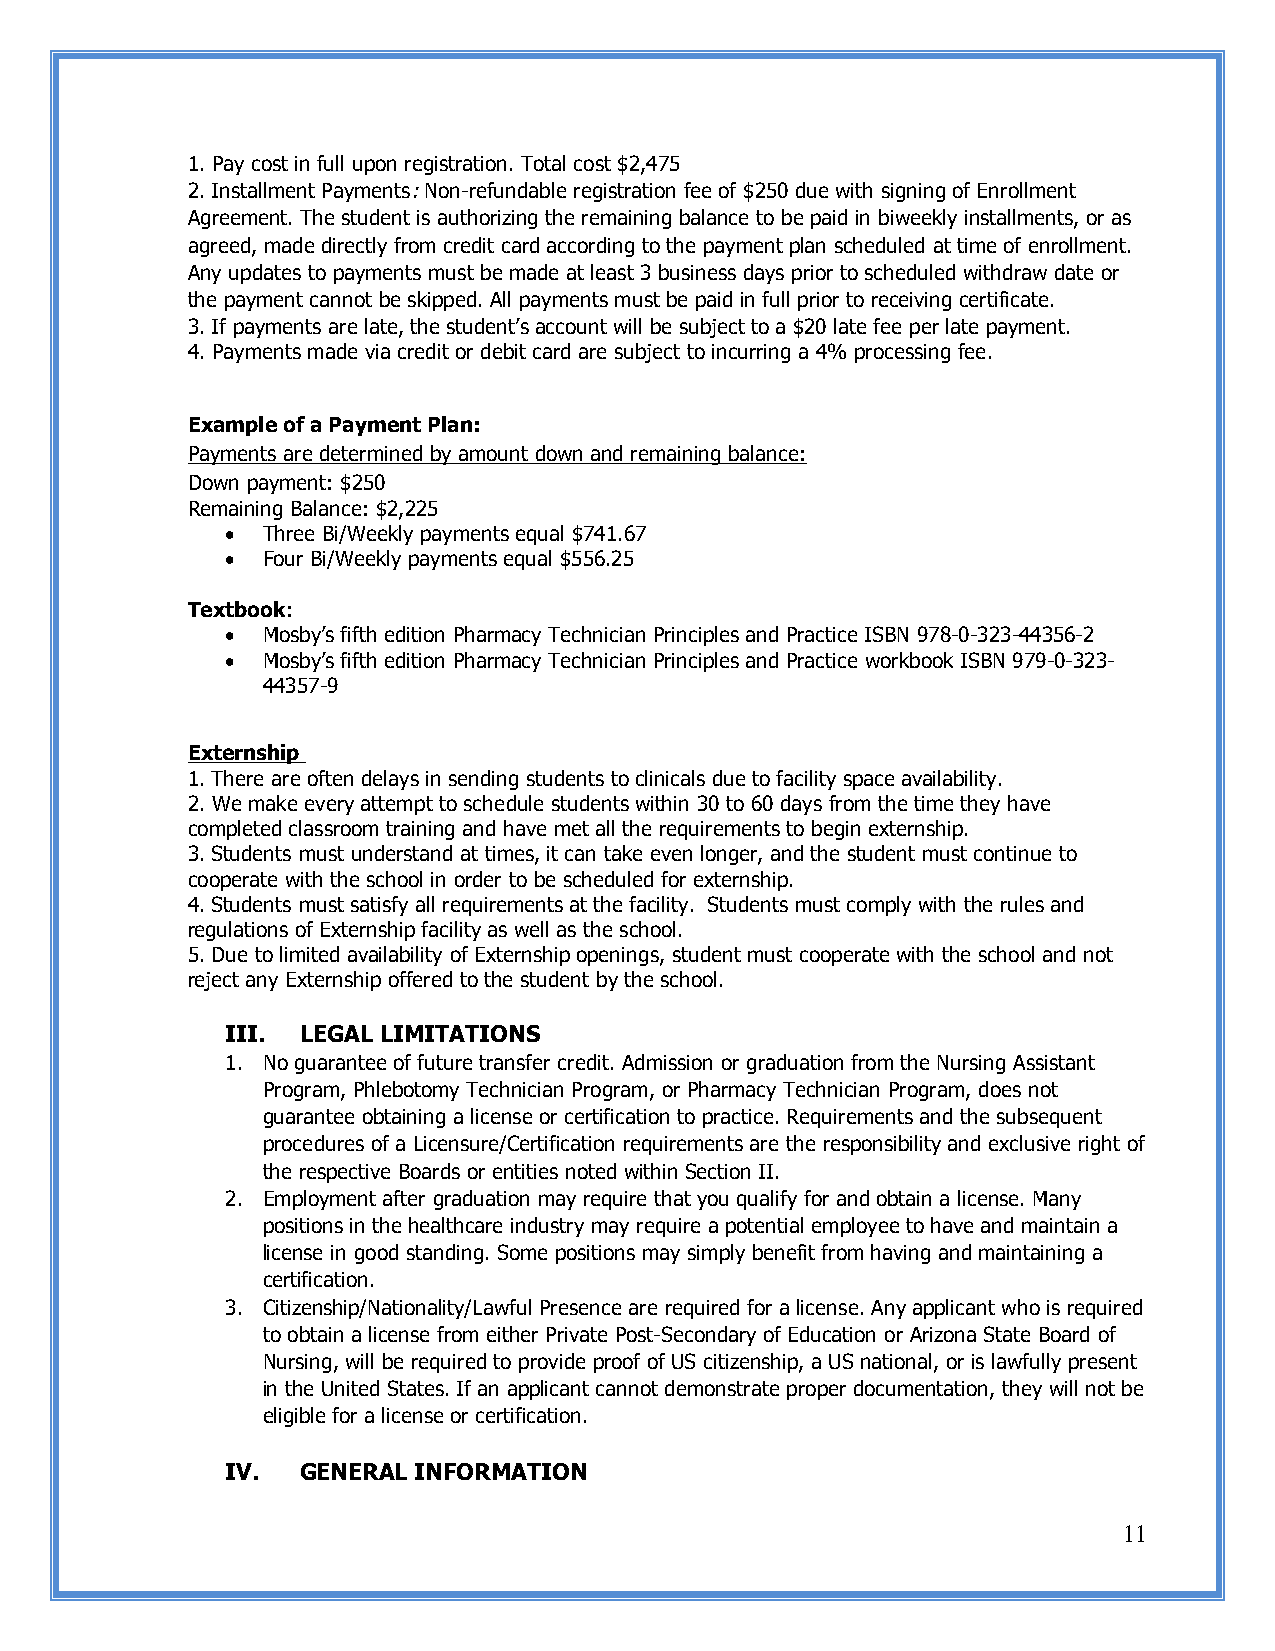
1. Pay cost in full upon registration. Total cost $2,475
 2. Installment Payments: Non-refundable registration fee of $250 due with signing of Enrollment
 Agreement. The student is authorizing the remaining balance to be paid in biweekly installments, or as
 agreed, made directly from credit card according to the payment plan scheduled at time of enrollment.
 Any updates to payments must be made at least 3 business days prior to scheduled withdraw date or
 the payment cannot be skipped. All payments must be paid in full prior to receiving certificate.
 3. If payments are late, the student’s account will be subject to a $20 late fee per late payment.
 4. Payments made via credit or debit card are subject to incurring a 4% processing fee.
 Example of a Payment Plan:
 Payments are determined by amount down and remaining balance:
 Down payment: $250
 Remaining Balance: $2,225
  Three Bi/Weekly payments equal $741.67
  Four Bi/Weekly payments equal $556.25
 Textbook:
  Mosby’s fifth edition Pharmacy Technician Principles and Practice ISBN 978-0-323-44356-2
  Mosby’s fifth edition Pharmacy Technician Principles and Practice workbook ISBN 979-0-323-
 44357-9
 Externship
 1. There are often delays in sending students to clinicals due to facility space availability.
 2. We make every attempt to schedule students within 30 to 60 days from the time they have
 completed classroom training and have met all the requirements to begin externship.
 3. Students must understand at times, it can take even longer, and the student must continue to
 cooperate with the school in order to be scheduled for externship.
 4. Students must satisfy all requirements at the facility. Students must comply with the rules and
 regulations of Externship facility as well as the school.
 5. Due to limited availability of Externship openings, student must cooperate with the school and not
 reject any Externship offered to the student by the school.
 III. LEGAL LIMITATIONS
 1. No guarantee of future transfer credit. Admission or graduation from the Nursing Assistant
 Program, Phlebotomy Technician Program, or Pharmacy Technician Program, does not
 guarantee obtaining a license or certification to practice. Requirements and the subsequent
 procedures of a Licensure/Certification requirements are the responsibility and exclusive right of
 the respective Boards or entities noted within Section II.
 2. Employment after graduation may require that you qualify for and obtain a license. Many
 positions in the healthcare industry may require a potential employee to have and maintain a
 license in good standing. Some positions may simply benefit from having and maintaining a
 certification.
 3. Citizenship/Nationality/Lawful Presence are required for a license. Any applicant who is required
 to obtain a license from either Private Post-Secondary of Education or Arizona State Board of
 Nursing, will be required to provide proof of US citizenship, a US national, or is lawfully present
 in the United States. If an applicant cannot demonstrate proper documentation, they will not be
 eligible for a license or certification.
 IV.  GENERAL INFORMATION
 11